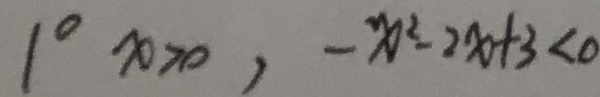
1 ^ { \circ } x > 0 , - x ^ { 2 } - 2 x + 3 < 0